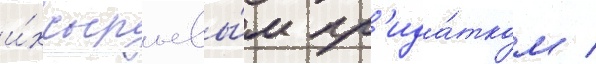
и́х сырьевы́м пр'ида́тком /